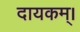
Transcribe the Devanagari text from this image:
दायकम्।